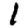
Digit: 1